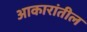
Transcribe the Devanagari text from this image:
आकारांतील